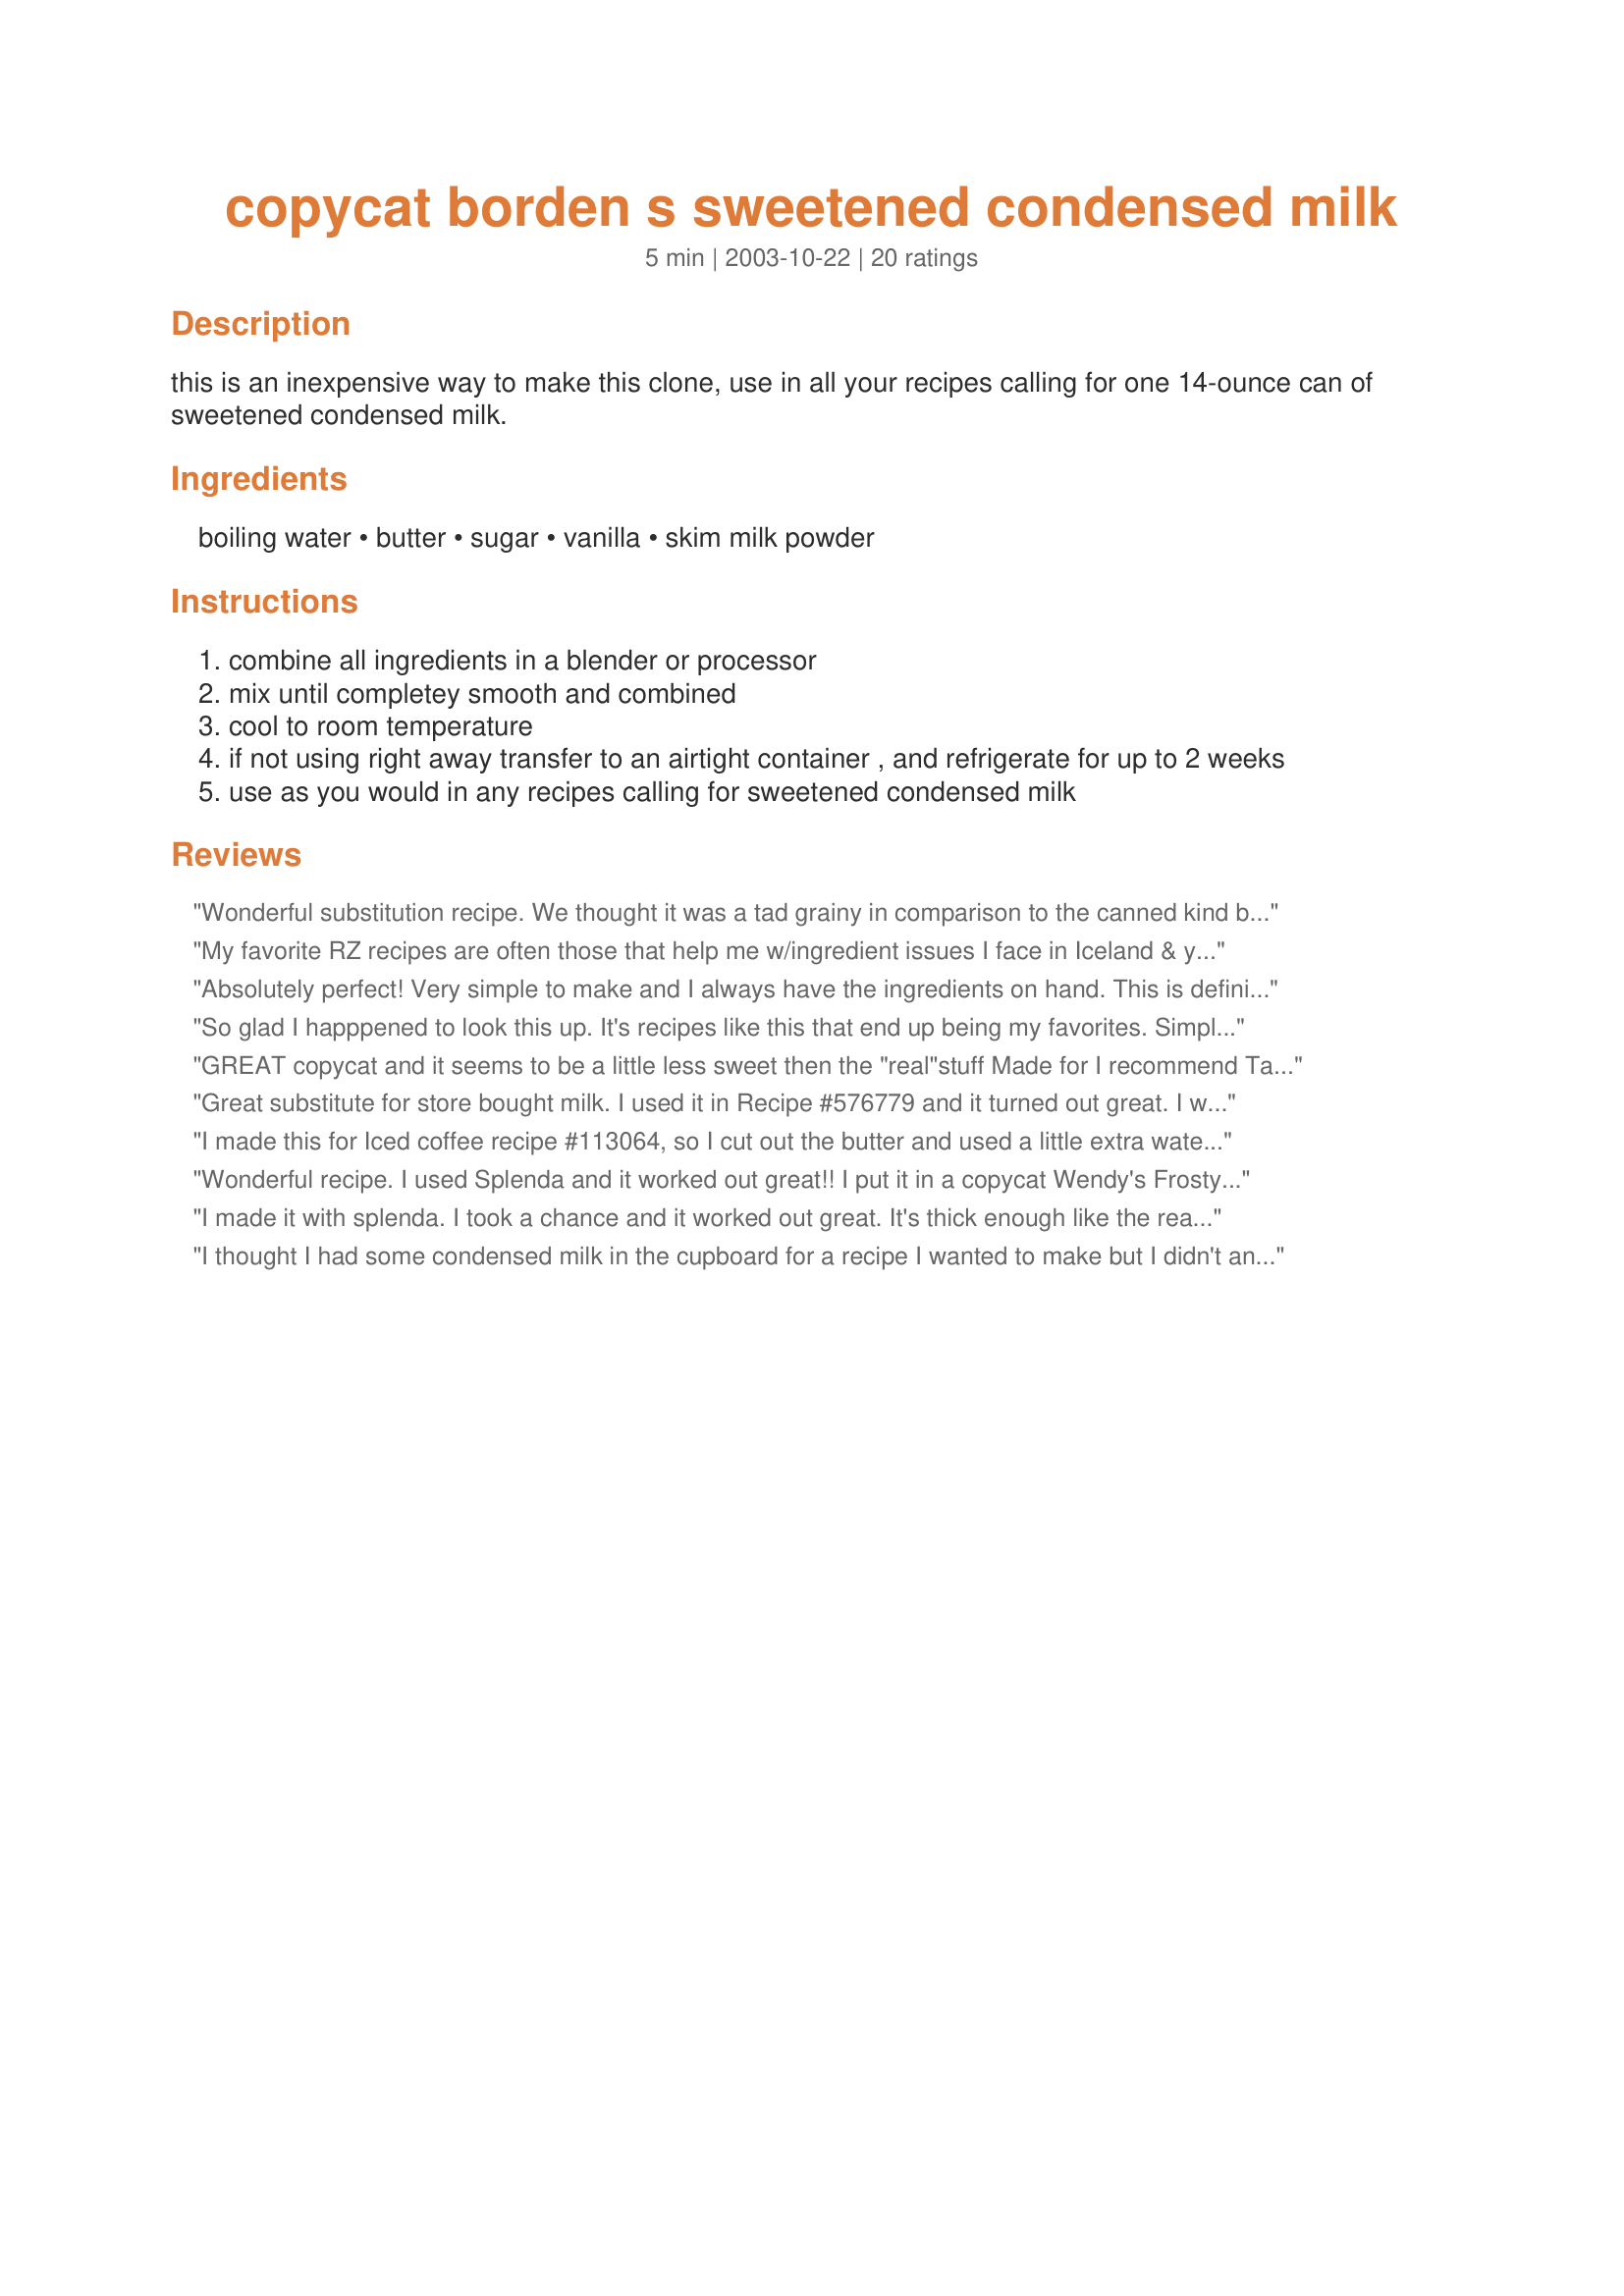
copycat borden s sweetened condensed milk
Preparation time: 5 minutes

this is an inexpensive way to make this clone, use in all your recipes calling for one 14-ounce can of sweetened condensed milk.

Ingredients:
boiling water, butter, sugar, vanilla, skim milk powder

Steps:
combine all ingredients in a blender or processor
mix until completey smooth and combined
cool to room temperature
if not using right away transfer to an airtight container , and refrigerate for up to 2 weeks
use as you would in any recipes calling for sweetened condensed milk

Reviews:
Wonderful substitution recipe. We thought it was a tad grainy in comparison to the canned kind but easy to make. It does set up very thick-depending on the recipe I would possibly add another couple of teaspoons of boiling water.
My favorite RZ recipes are often those that help me w/ingredient issues I face in Iceland & your recipe ranks in my Top 3 for sure. Sweetened condensed milk cannot be found here, even in high-priced import stores. To satisfy my DHs pleas for key lime pie, I opted for a clone & found your recipe. As it was basically a test effort, I chose to make just the pie filling in ramekins. The prep was so easy, but worrisome as the only dry milk available was full-fat, not skim. My mixture was *very* thick (like a frosting). I added 2 tbsp boiling water to the mixture, went full speed ahead & prayed. I can happily report it worked like a charm, the filling was the perfect consistency to be cut like a pie & my DH will be a happy camper tonite. My spec thx to you for this recipe ~ *a new winner for me* :-)
Absolutely perfect! Very simple to make and I always have the ingredients on hand. This is definitely a keeper for me. Thank you, Kittencal, for sharing another one of your wonderful recipes! :)
So glad I happpened to look this up. It's recipes like this that end up being my favorites. Simple money savers. This stuff tastes great and worked just fine. I won't buy SCM again. Give it a try. The first couple times I checked on it during blending it was still a bit grainy. So I just turned it on and went to fold laundry lol When I came back it was good to go. Thanks for posting!
GREAT copycat and it seems to be a little less sweet then the "real"stuff
Made for I recommend Tag Jan 2009
Great substitute for store bought milk. I used it in Recipe #576779 and it turned out great. I will be using this recipe from now on.
I made this for Iced coffee recipe #113064, so I cut out the butter and used a little extra water, turned out great. Thanks Kitten, I really want to try this with splenda next and see how it works, when I do, I will update.
Wonderful recipe. I used Splenda and it worked out great!! I put it in a copycat Wendy's Frosty recipe and it tasted just like a frosty but less sugar! Yum!
I made it with splenda. I took a chance and it worked out great. It's thick enough like the real thing. The taste is great. Thanks Kittencal. Made for Top Favorites of 2008 tag game
I thought I had some condensed milk in the cupboard for a recipe I wanted to make but I didn't and couldn't be bothered going down the shops so used this instead. It worked really well, only the sugar didn't quite dissolve fully, maybe caster sugar would be better than regular sugar. As my recipe was a cake it didn't hinder that in any way so 5 stars for saving me from having to go the the store. Thanks!
Perfect! I will send this recipe to all my cooking friends!!! Thank you very much.
I just made it. I replaced the sugar with Splenda. WOW! It was great.
You saved the day for me, Kittencal! We had a craving for a recipe#67566 so we stopped at the grocery store on our way home to pick up chocolate milk and Cool Whip, thinking I always have sweetened condensed milk in the cupboard. Every time except this time, I was out! So I ran to the computer to find a substitute and found your recipe! I always have powdered milk in the cupboard ; ) This worked perfectly and I didn't have to run to the store a second time : ) Thanks again, Kittencal!
To all of those reviewers who substitute with SPLENDA. Please don&#039;t do that. Splenda turns to formaldehyde in your body so using copious amounts of this synthetic laboratory produced sugar is getting you ready for embalming. Do your research! It is not good for anyone to eat.&lt;br/&gt;&lt;br/&gt;Loved the recipe though as written and is much better than a previous version I have on hand. I keep my low fat powdered milk in the freezer to keep it from turning rancid.
I was in the throws of making Recipe #282233 when I realized I had no condensed milk. I didn't have time to wade through a lot of recipes, so i decided to just check and see if Carol had anything and looky here, she does! Kittencal to the rescue! This worked out great. Thanks a bunch Carol! :)
I am letting it cool now to make a flan. The consistency should be getting a bit thicker and the taste is good but I can somehow taste the skim milk on it. It still seems to be ok. I like the idea of adding splenda to cut down on the sugar.Thanks for the recipe.
You saved the day, I was making Key Lime Pie for Thanksgiving dinner and was 1/2 way done before I realized that I didn't have any sweetened condensed milk. This was perfert. Super easy and I had everything on hand. Thank you again for a great recipe.
This recipe came in really handy as alas... I forgot to get sweetened condensed milk at the grocery. Thanks!
This was a very easy and satisfactory substitute for the store-bought kind.Thanks for a great recipe!!!
Definitely 5 stars. This too, saved a Thanksgiving dessert. I thought I had a can but it turned out to be something else and no time to spare. Thanks to you I had one more thing to be thankful for. I am so glad you stated that this was equal to a 14 oz. can. I looked at several recipes but this was the first that gave that information. Luckily I had all the ingredients. This was very simple to throw together, worked perfectly, and the taste is so close nobody could tell the difference. Thanks, so much, for posting this recipe.
